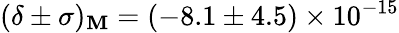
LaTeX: (\delta\pm\sigma)_{\mathbf{M}}=(-8.1\pm4.5)\times10^{-15}